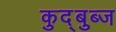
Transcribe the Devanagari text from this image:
कुद्बुब्ज